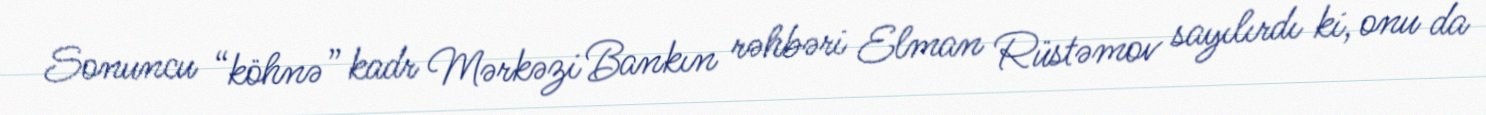
Sonuncu “köhnə” kadr Mərkəzi Bankın rəhbəri Elman Rüstəmov sayılırdı ki, onu da